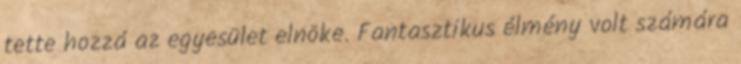
tette hozzá az egyesület elnöke. Fantasztikus élmény volt számára